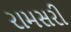
રામસરી